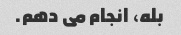
بله، انجام می دهم.